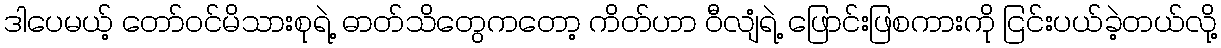
ဒါပေမယ့် တော်ဝင်မိသားစုရဲ့ ဓာတ်သိတွေကတော့ ကိတ်ဟာ ဝီလျံရဲ့ ဖြောင်းဖြစကားကို ငြင်းပယ်ခဲ့တယ်လို့